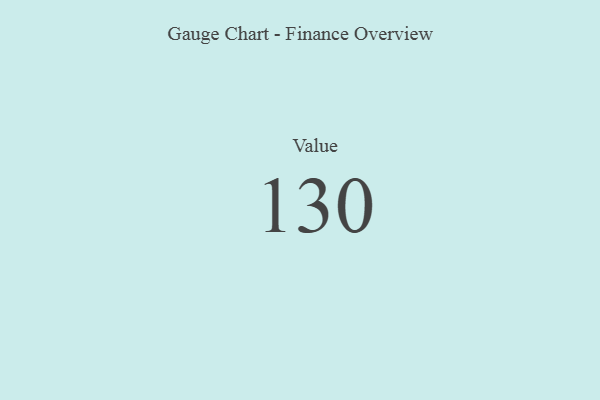
{"axis": {"x": "Metric", "y": "Value"}, "legend": [""], "data": [{"x": "Value", "y": 130, "type": ""}]}